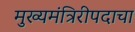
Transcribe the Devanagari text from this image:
मुख्यमंत्रिरीपदाचा